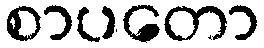
စာပတော